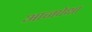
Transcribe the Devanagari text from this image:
आजपेक्षा